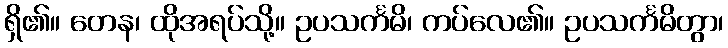
ရှိ၏။ တေန၊ ထိုအရပ်သို့။ ဥပသင်္ကမိ၊ ကပ်လေ၏။ ဥပသင်္ကမိတွာ၊